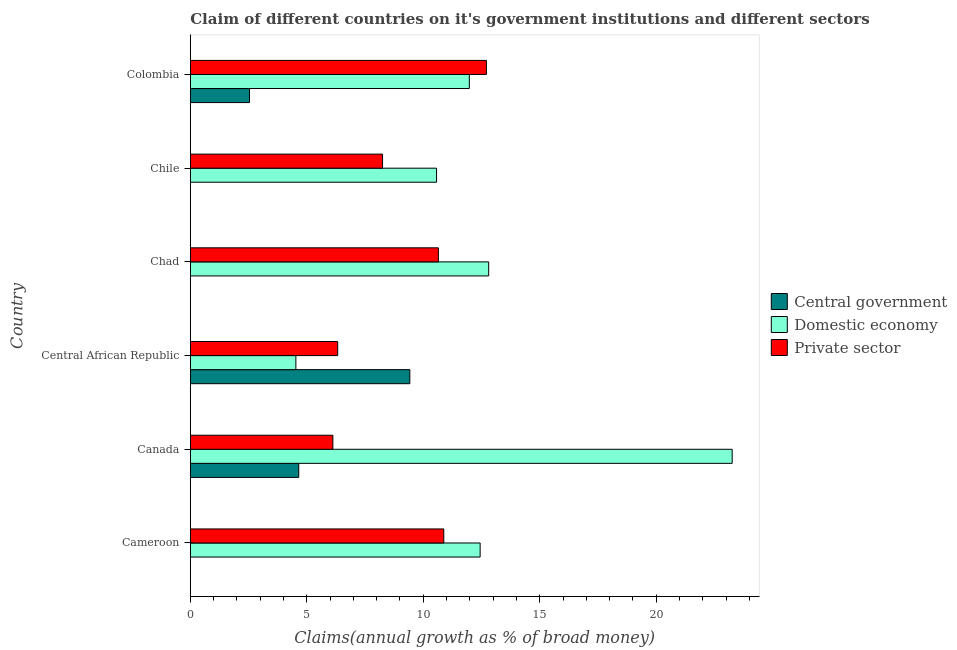
| Country | Central government | Domestic economy | Private sector |
 | --- | --- | --- | --- |
 | Cameroon | -11.5 | 12.4 | 10.9 |
 | Canada | 4.65 | 23.3 | 6.12 |
 | Central African Republic | 9.42 | 4.53 | 6.33 |
 | Chad | -36 | 12.8 | 10.7 |
 | Chile | -3.34 | 10.6 | 8.25 |
 | Colombia | 2.54 | 12 | 12.7 |